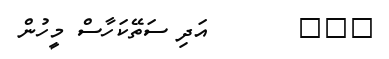
١٤٧       އަދި ސަތޭކަހާސް މީހުން